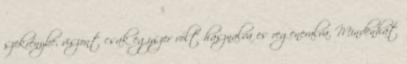
szekrénybe, viszont csak egyszer volt hasznalva es regeneralva. Mindenhat